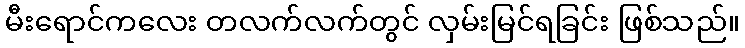
မီးရောင်ကလေး တလက်လက်တွင် လှမ်းမြင်ရခြင်း ဖြစ်သည်။